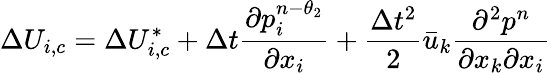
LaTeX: \Delta{{U}_{i,c}}=\Delta U_{i,c}^{*}+\Delta t\frac{\partial p_{i}^{n-{{\theta}_{2}}}}{\partial{{x}_{i}}}+\frac{\Delta{{t}^{2}}}{2}{{\bar{u}}_{k}}\frac{{{\partial}^{2}}{{p}^{n}}}{\partial{{x}_{k}}\partial{{x}_{i}}}